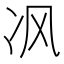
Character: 𰃶